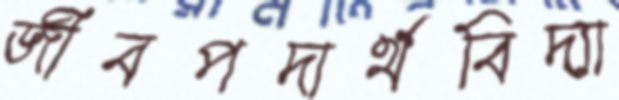
জীবপদার্থবিদ্যা